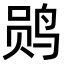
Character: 𫛫